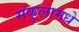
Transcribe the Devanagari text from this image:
संकुलामधे